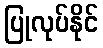
ပြုလုပ်နိုင်